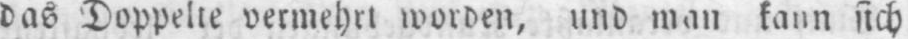
das Doppelte vermehrt worden, und man kann sich